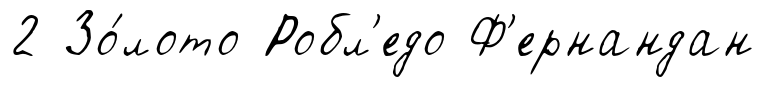
2 Зо́лото Робл'едо Ф'ернандан